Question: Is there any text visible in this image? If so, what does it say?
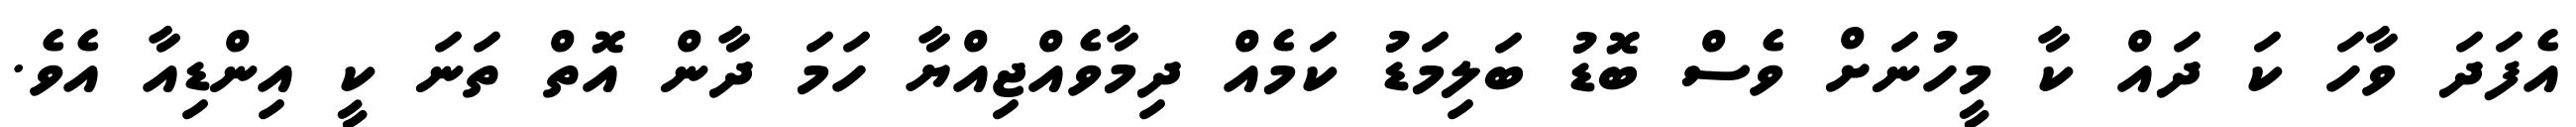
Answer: އެފަދަ ވާހަ ކަ ދައް ކާ މީހުނަށް ވެސް ބޮޑު ބަލިމަޑު ކަމެއް ދިމާވެއްޖިއްޔާ ހަމަ ދާން އޮތް ތަނަ ކީ އިންޑިއާ އެވެ.